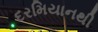
દરમિયાનથી